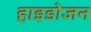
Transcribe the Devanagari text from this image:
हाइडोजन